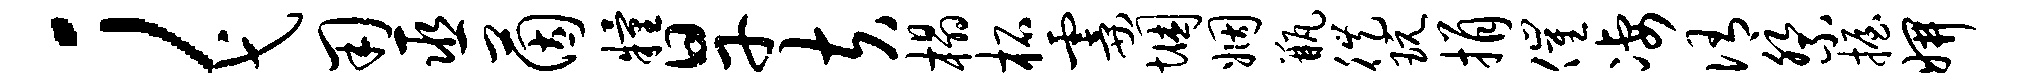
；弋用巫茵粮旱夫榻柘霎悃姻瓶徙玩捐催凄侑祭握妍